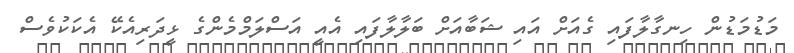
މަޑުމަޑުން ހިނގާލާފައި ގެއަށް އައި ޝަބާއަށް ބަލާލާފައި އެއީ އަަސްލަމްމެންގެ ޅީދަރިއެކޭ އެކަކުވެސް